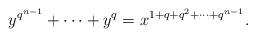
LaTeX: \begin{align*} y^{q^{n-1}}+\cdots+y^q=x^{1+q+q^2+\cdots+q^{n-1}}.\end{align*}